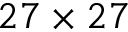
2 7 \times 2 7